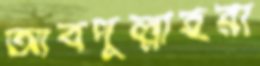
আবদুল্লাহরা